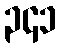
၃၄၁